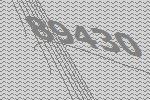
89430